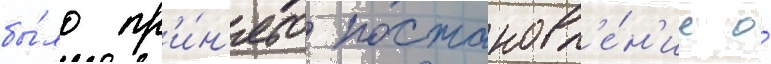
бы́ло пр'и́н'ято постановл'е́н'ие о́